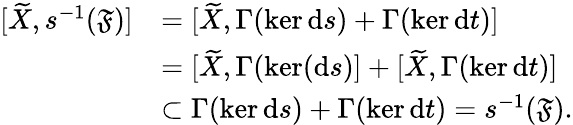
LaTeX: \begin{array}{rl}{[\widetilde{X},s^{-1}(\mathfrak{F})]}&{=[\widetilde{X},\Gamma(\ker\mathrm{d}s)+\Gamma(\ker\mathrm{d}t)]}\\ &{=[\widetilde{X},\Gamma(\ker(\mathrm{d}s)]+[\widetilde{X},\Gamma(\ker\mathrm{d}t)]}\\ &{\subset\Gamma(\ker\mathrm{d}s)+\Gamma(\ker\mathrm{d}t)=s^{-1}(\mathfrak{F}).}\end{array}